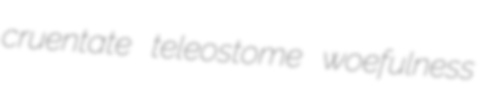
cruentate teleostome woefulness